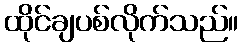
ထိုင်ချပစ်လိုက်သည်။